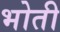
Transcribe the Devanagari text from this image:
भोती